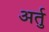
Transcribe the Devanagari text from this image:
अर्तु